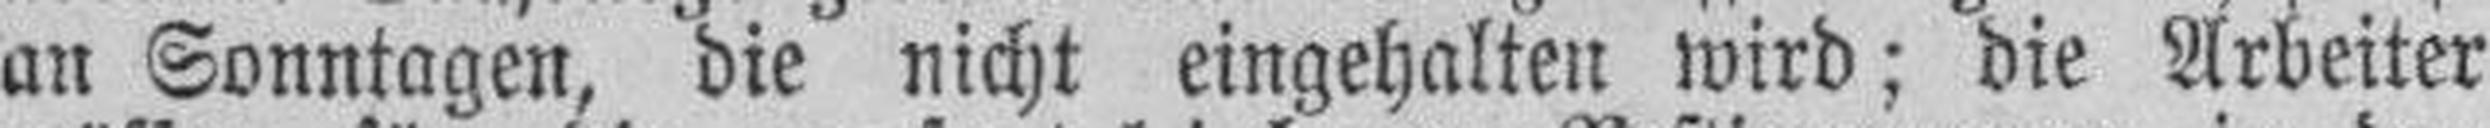
an Sonntagen, die nicht eingehalten wird; die Arbeiter